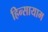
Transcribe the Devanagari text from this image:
हिन्सायाम